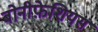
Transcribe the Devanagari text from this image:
बोनीफ़ेशियस